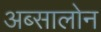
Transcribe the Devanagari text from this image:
अब्सालोन